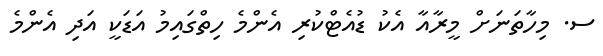
ސ. މިހާތަނަށް މީރާއާ އެކު ޑުއެޓްކުރި އެންމެ ހިތްގައިމު އަޑަކީ އަދި އެންމެ